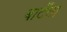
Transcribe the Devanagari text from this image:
बाटँता